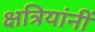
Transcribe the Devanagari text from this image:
क्षत्रियांनीं